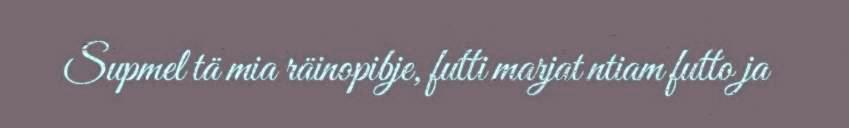
Supmel tä mia räinopibje, futti marjat ntiam futto ja